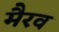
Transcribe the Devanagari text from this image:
मैरव